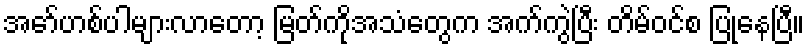
အော်ဟစ်ပါများလာတော့ မြတ်ကိုအသံတွေက အက်ကွဲပြီး တိမ်ဝင်စ ပြုနေပြီ။